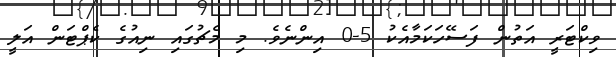
ވިކްޓަރީ އަތުން ފަސޭހަކަމާއެކު 5-0 އިންނެވެ. މި މެޗުގައި ނިއުގެ ކެޕްޓަން އަލީ